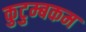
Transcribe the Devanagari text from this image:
कुटुम्‍बकम